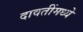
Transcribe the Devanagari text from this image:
दावतींमध्ये